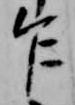
乍